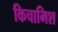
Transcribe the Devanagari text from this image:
किचामिश